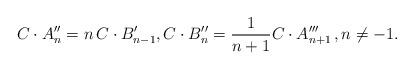
LaTeX: \begin{align*}C\cdot A_n''=n\, C\cdot B_{n-1}',C\cdot B_{n}''=\frac 1{n+1}C\cdot A_{n+1}'''\, ,n\ne -1.\end{align*}